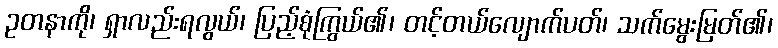
ဥတနာကို၊ ရှာလည်းရလွယ်၊ ပြည့်စုံကြွယ်၏၊ တင့်တယ်လျောက်ပတ်၊ သက်မွေးမြတ်၏၊